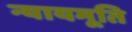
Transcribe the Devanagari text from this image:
न्यायमूति